Plague in India, 1896, 1897 - Volume 2
Year: 1896
Disease focus: Plague
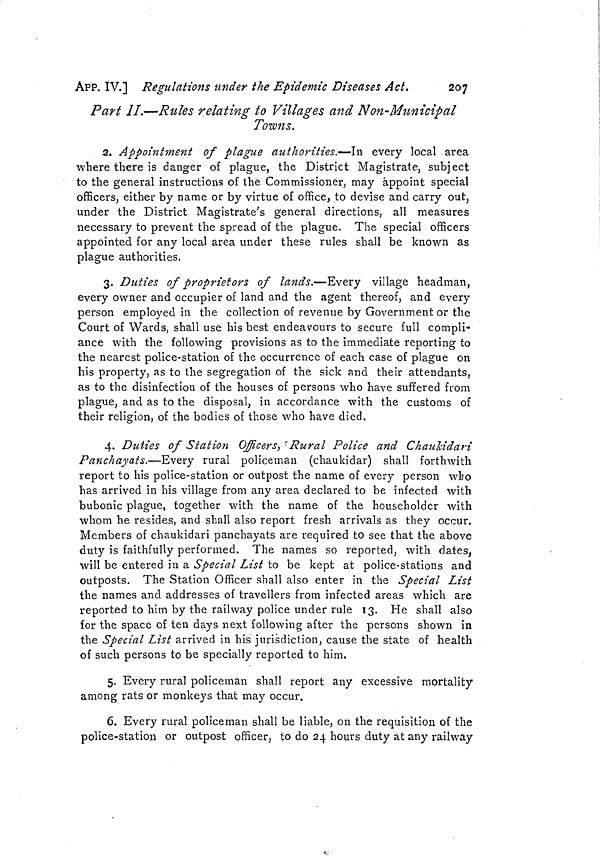
250
Measures to prevent the
[ APP. IX.
quarantine for at least ten days on all arrivals from these two ports.
Government propose quarantine for the period by which the number
of days spent on voyage falls short of ten days.
No. 53.
Telegram No. 287, dated Calcutta, the 2nd February 1897.
From—The Secretary to the Government of India, Home Department,
To—The Secretary to the Government of Bombay, General Department.
Your telegram dated 31st. Quarantine at Aden. Governor
General in Council sanctions under section 1, Act 1, 1870, quarantine
against arrivals from Bombay and Karachi for the period by which
the number of days spent on the voyage falls short of ten days.
Please issue notifications modifying existing rules and inform Govern-
ment of India of date on which notifications issue and send copies for
publication in Gazette of India.
No. 54.
Telegram No. 379, dated Calcutta, the 7th February 1897.
From—The Secretary to the Government of India, Home Department,
To—The Secretary to the Government of Bombay, General Department.
Your letter 515, dated 3oth January. Quarantine Rules, Aden.
Please wire if Government of Bombay consider that an altera-
tion of rule 3 to require medical inspection of all vessels irrespective
of time of arrival and deputation of another medical officer to Aden
to assist Port Surgeon will meet circumstances of case. If so, Gov-
ernment of India will arrange to send officer.
No. 55.
Telegram, dated Bombay, the 8th February 1897.
From—The Secretary to the Government of Bombay, General Depart-
ment,
To—The Secretary to the Government of India, Home Department.
Your telegram 379. Aden Quarantine Rules. Rule should be
altered to make inspection of all ships necessary irrespectively of
time of arrival, but it is not thought necessary either to appoint
another Port Surgeon or to compel the present one to inspect at
night. Except in case of mail steamers, vessels from Bombay and
Karachi should be compelled to wait till morning for their inspec-
tion.
No. 56.
Telegram, No. 412, dated the 10th February 1897.
From—The Secretary to the Government of India, Home Department,
To—The Secretary to the Government of Bombay, General Department.
Your telegram of 8th. Aden Quarantine Rules. Government
of India apprehensive lest prohibition at Aden of medical inspection by